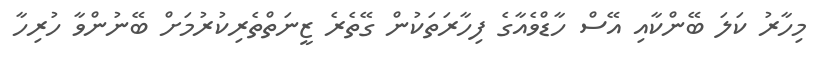
މިހާރު ކަލަ ބޭންކާއި އޭސް ހާޑްވެއާގެ ފިހާރަތަކުން ގޭތެރެ ޒީނަތްތެރިކުރުމަށް ބޭނުންވާ ހުރިހާ